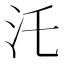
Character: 汑